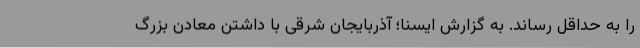
را به حداقل رساند. به گزارش ایسنا؛ آذربایجان شرقی با داشتن معادن بزرگ